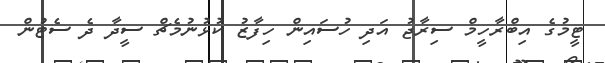
ޓީމުގެ އިބްރާހީމް ސިރާޖު އަދި ހުސައިން ހިފާޒު ކުޅުނުމެޗް ސީދާ ދެ ސެޓުން